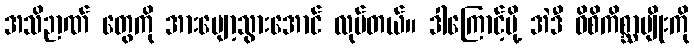
အသိဉာဏ် တွေကို အားပျော့သွားအောင် လုပ်တယ်။ ဒါကြောင့်မို့ အဲဒီ ဝိစိကိစ္ဆာမျိုးကို